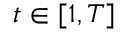
t \in [ 1 , T ]